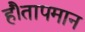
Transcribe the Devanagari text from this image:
हैं।तापमान